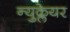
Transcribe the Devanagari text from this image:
न्युक्लेयर